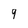
Character: 9